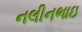
નલીનભાઇ